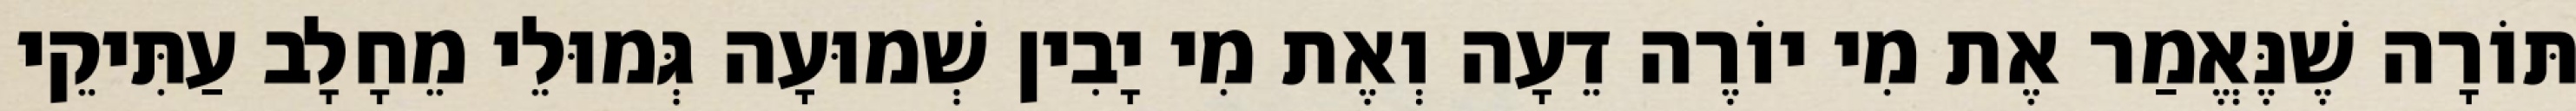
תּוֹרָה שֶׁנֶּאֱמַר אֶת מִי יוֹרֶה דֵעָה וְאֶת מִי יָבִין שְׁמוּעָה גְּמוּלֵי מֵחָלָב עַתִּיקֵי